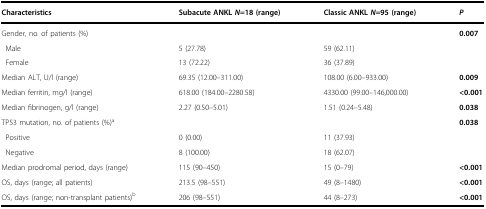
| Characteristics | Subacute ANKL N=18 (range) | Classic ANKL N=95 (range) | P |
 | --- | --- | --- | --- |
 | Gender, no. of patients (%) |  |  | 0.007 |
 | Male | 5 (27.78) | 59 (62.11) |  |
 | Female | 13 (72.22) | 36 (37.89) |  |
 | Median ALT, U/l (range) | 69.35 (12.00–311.00) | 108.00 (6.00–933.00) | 0.009 |
 | Median ferritin, mg/l (range) | 618.00 (184.00–2280.58) | 4330.00 (99.00–146,000.00) | <0.001 |
 | Median fibrinogen, g/l (range) | 2.27 (0.50–5.01) | 1.51 (0.24–5.48) | 0.038 |
 | TP53 mutation, no. of patients (%)a |  |  | 0.038 |
 | Positive | 0 (0.00) | 11 (37.93) |  |
 | Negative | 8 (100.00) | 18 (62.07) |  |
 | Median prodromal period, days (range) | 115 (90–450) | 15 (0–79) | <0.001 |
 | OS, days (range; all patients) | 213.5 (98–551) | 49 (8–1480) | <0.001 |
 | OS, days (range; non-transplant patients)b | 206 (98–551) | 44 (8–273) | <0.001 |